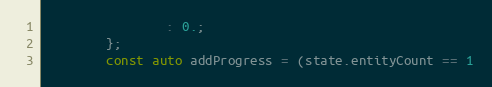
Language: C++
				: 0.;
		};
		const auto addProgress = (state.entityCount == 1